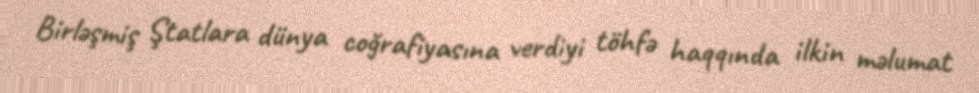
Birləşmiş Ştatlara dünya coğrafiyasına verdiyi töhfə haqqında ilkin məlumat